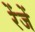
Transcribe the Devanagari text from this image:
रेंजें